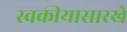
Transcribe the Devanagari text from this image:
स्वकीयासारखे